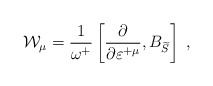
\begin{align*}\mathcal{W}_\mu =\frac 1{\omega ^{+}}\left[ \frac \partial {\partial\varepsilon ^{+\mu }},B_{\widetilde{S}}\right] \;, \end{align*}